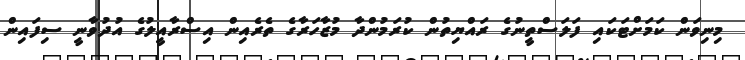
މިނިވަން ކަމަށްޓަކައި ފަލަސްތީނުގެ ރައްޔިތުން ކުރަމުންދާ މުޒާހަރާގެ ތެރެއިން އިސްރާއީލުގެ އުދުވާނީ ސިފައިން